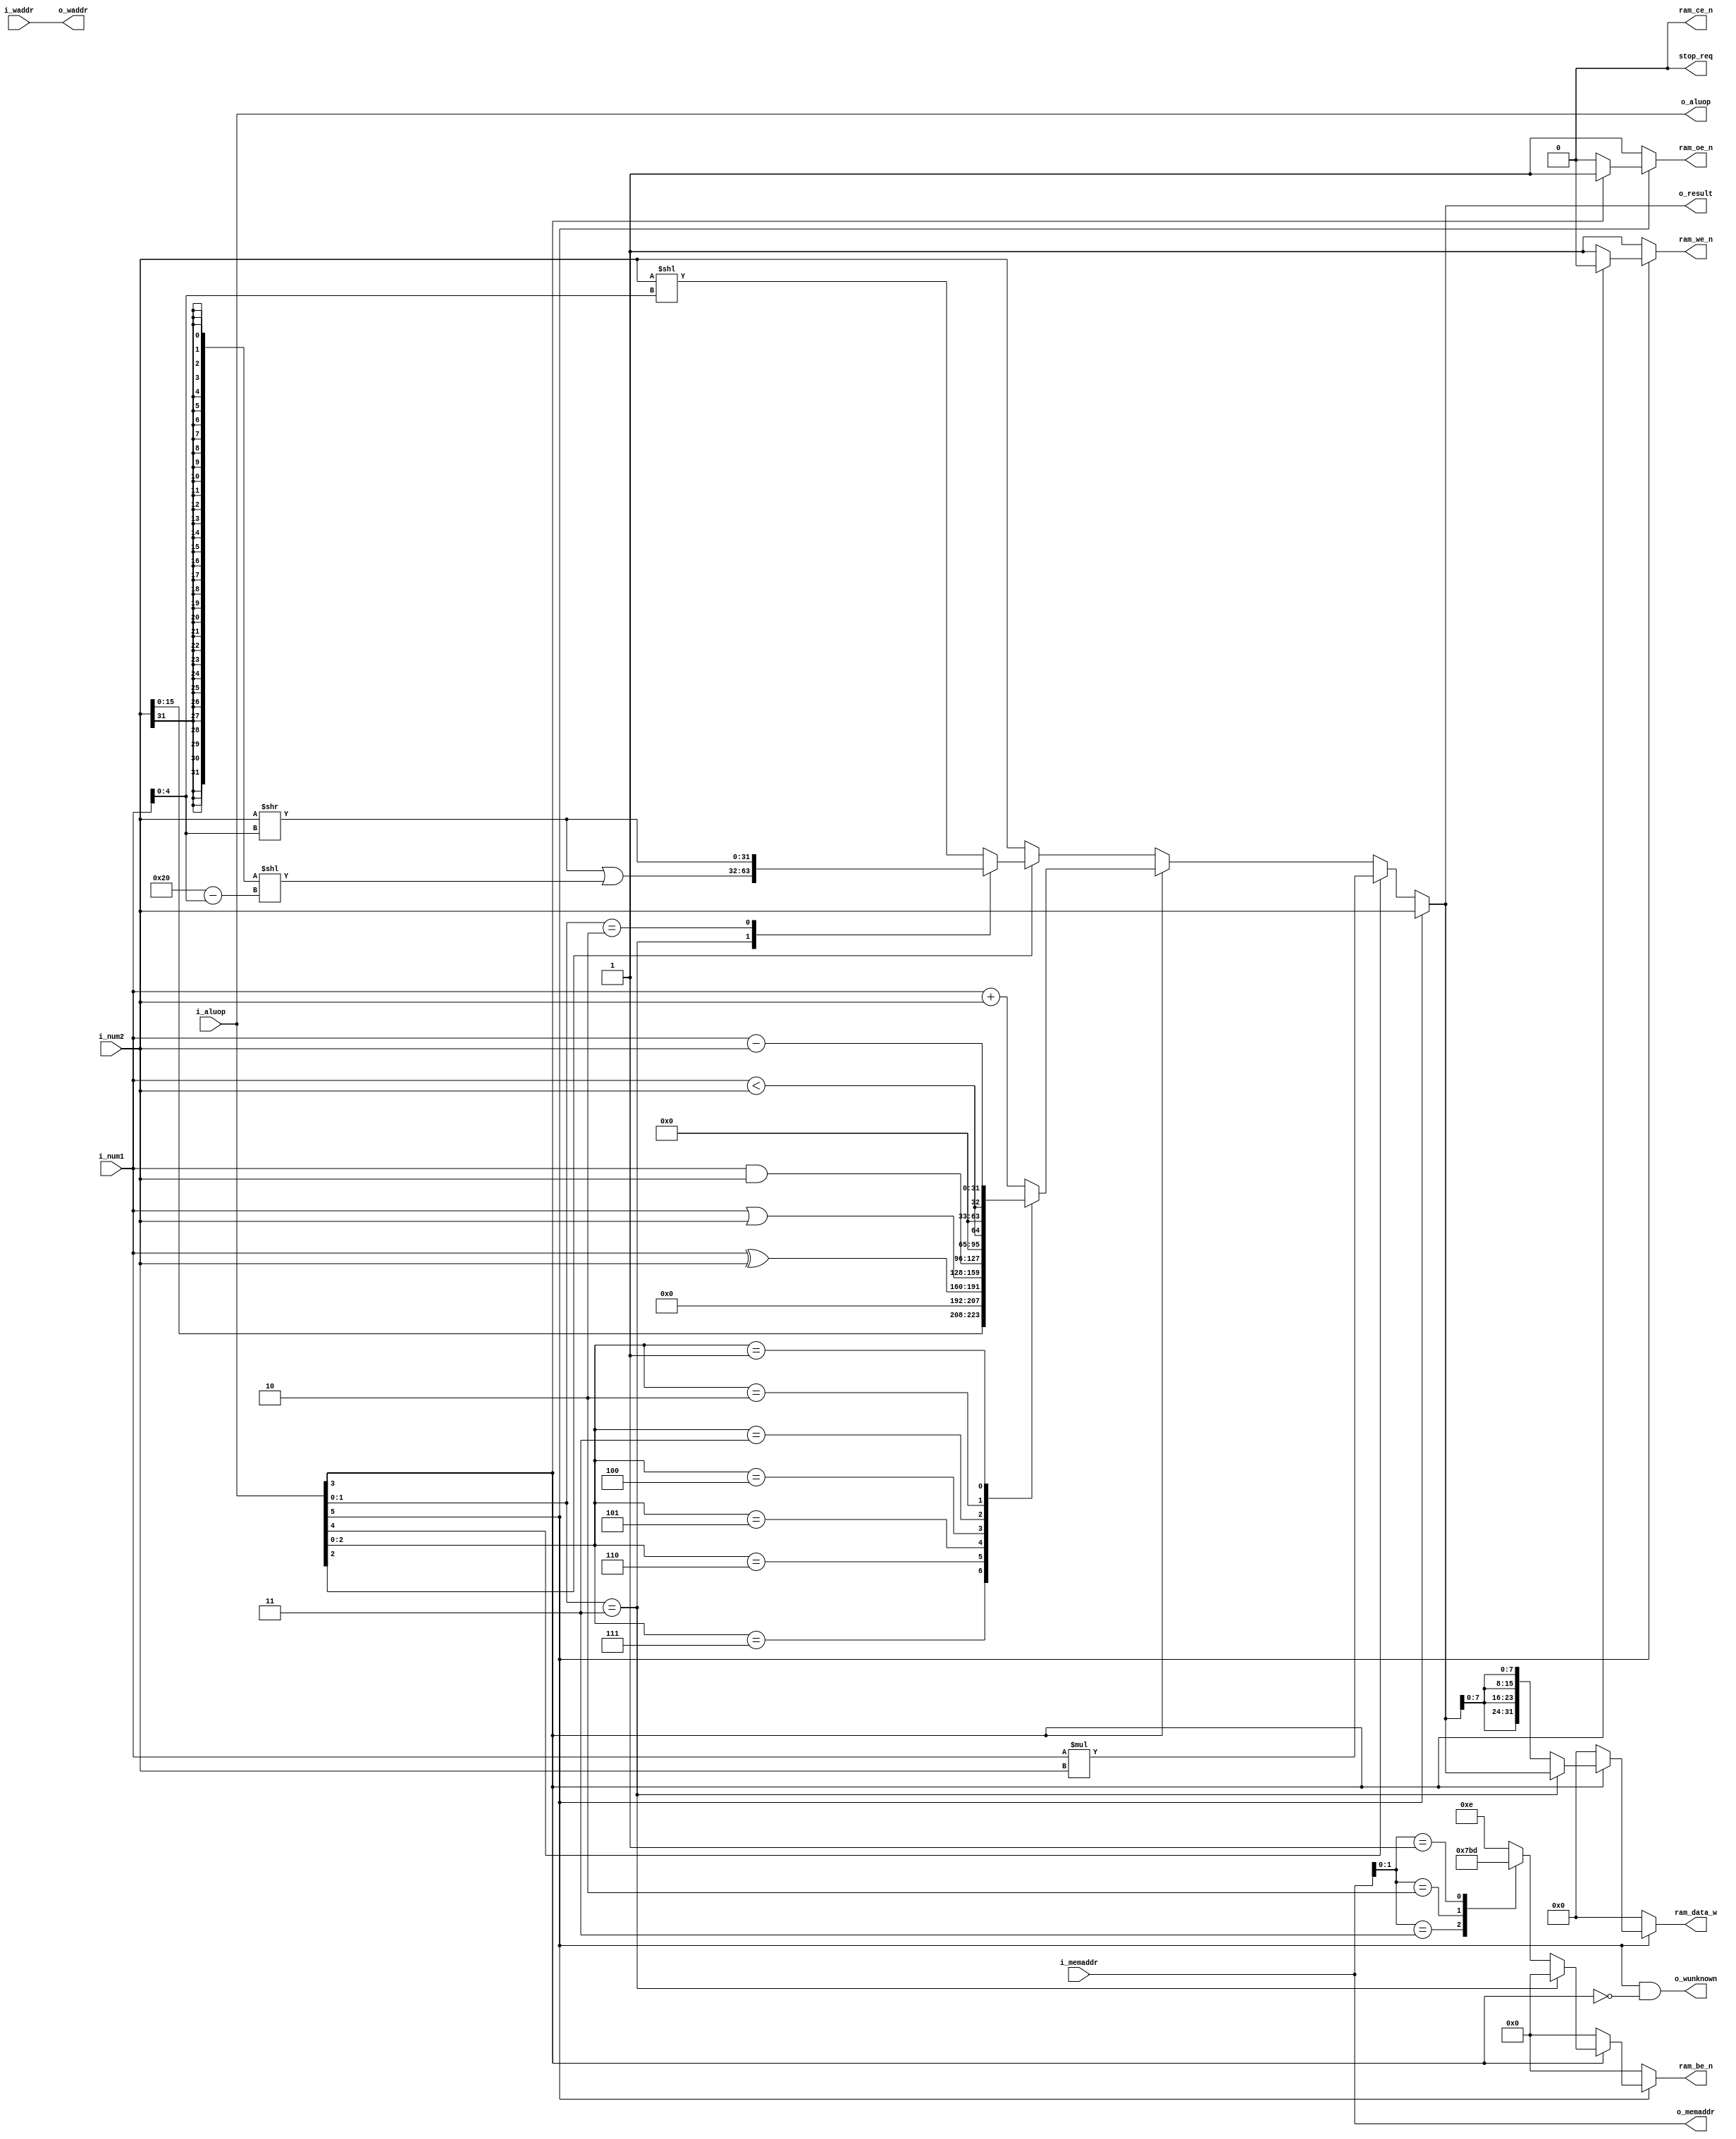
module ex(
	input   wire[5:0]    i_aluop,
	input   wire[31:0]   i_num1,
	input   wire[31:0]   i_num2,
	input   wire[31:0]   i_memaddr,
	input   wire[4:0]    i_waddr,
	output  wire[5:0]    o_aluop,
	output  reg [31:0]   o_result,
	
	output  wire[4:0]    o_waddr,
	output  wire         o_wunknown,
	output  wire         stop_req,
	
	output  wire[31:0]   o_memaddr,
	output  reg[31:0]       ram_data_w,
	output   reg [3:0]      ram_be_n,
	output   wire           ram_ce_n,
	output   reg            ram_oe_n,
	output   reg            ram_we_n
);

assign stop_req = 0;
assign o_wunknown = (i_aluop[5] == 1 && i_aluop[3] == 0);
assign o_waddr = i_waddr;
assign o_memaddr = i_memaddr;
assign o_aluop = i_aluop;

wire[31:0] mul_result = i_num1*i_num2;
reg[31:0] shift_result;

always @* begin
    case (i_aluop[1:0])
        3:       shift_result = (i_num2>>i_num1[4:0])|({32{i_num2[31]}}<<(6'd32-{1'b0,i_num1[4:0]}));
        2:		 shift_result = i_num2>>i_num1[4:0];
        default: shift_result = i_num2<<i_num1[4:0];
    endcase
end

reg[31:0] calc_result;

always @* begin
		case (i_aluop[2:0])
			7: calc_result = {i_num2, 16'b0};
			6: calc_result = i_num1 ^ i_num2;
			5: calc_result = i_num1 | i_num2;
			4: calc_result = i_num1 & i_num2;
			// verilog
			// 
			3: calc_result = ({1'b0,i_num1} < {1'b0,i_num2}); // SLTU
			2: calc_result = (i_num1 < i_num2); // SLT
			// 
			//3: calc_result = (i_num1 < i_num2); // SLTU
			//2: calc_result = ({i_num1[31]^1'b1,i_num1[30:0]} < {i_num2[31]^1'b1,i_num2[30:0]}); // SLT
			1: calc_result = i_num1 - i_num2;
			default: calc_result = i_num1 + i_num2;
		endcase
end

always @* begin
	if (i_aluop[5] == 1) // l, s
		o_result = i_num2;
	else if (i_aluop[4] == 1) // *
		o_result = mul_result;
	else if (i_aluop[3] == 1)
	   o_result = calc_result;
	else if (i_aluop[2] == 1) 
		o_result = shift_result;
    else begin
		o_result = i_num2;
	end
end

// mem

always @* begin
	if (i_aluop[5] == 1) begin
		if (i_aluop[3] == 1) begin // sb, sw
			if (i_aluop[1:0] == 3) begin // sw
				ram_data_w = o_result;
				ram_be_n = 0;
			end else begin // sb
				ram_data_w = {4{o_result[7:0]}};
				case (i_memaddr[1:0])
					3:       ram_be_n = 4'b0111;
					2:       ram_be_n = 4'b1011;
					1:       ram_be_n = 4'b1101;
					default: ram_be_n = 4'b1110;
				endcase
			end
			ram_oe_n = 1;
			ram_we_n = 0;
		end else begin // lb, lw
			if (i_aluop[1:0] == 3) begin // lw
			end else begin // lb
			end
			ram_data_w = 0;
			ram_be_n = 0;
			ram_oe_n = 0;
			ram_we_n = 1;
		end
	end else begin
		ram_data_w = 0;
		ram_be_n = 4'b0;
		ram_oe_n = 1;
		ram_we_n = 1;
	end
end

assign ram_ce_n = 0;


endmodule